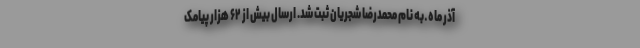
آذر ماه ـ به نام محمدرضا شجریان ثبت شد. ارسال بیش از ۶۲ هزار پیامک